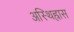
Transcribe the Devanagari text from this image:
अस्थिह्रास